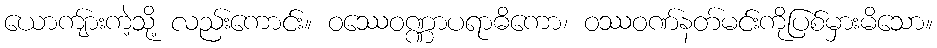
ယောကျ်ားကဲ့သို့ လည်းကောင်း။ ဝဿေဝဏ္ဏာပရာဓိကော၊ ဝဿဝဏ်နတ်မင်းကိုပြစ်မှားမိသော။